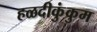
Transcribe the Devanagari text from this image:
हळदीकुंकुम